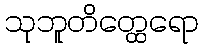
သုဘူတိတ္ထေရော